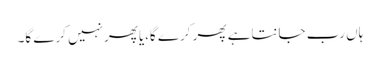
ہاں رب جانتاہے پھر کرے گا،یاپھرنہیں کرے گا۔